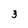
Character: 3